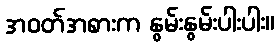
အဝတ်အစားက နွမ်းနွမ်းပါးပါး။